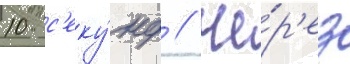
10 с'еку́нд // Че́р'ез